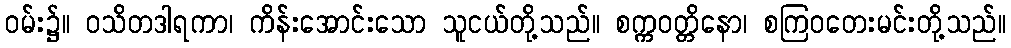
ဝမ်း၌။ ဝသိတဒါရကာ၊ ကိန်းအောင်းသော သူငယ်တို့သည်။ စက္ကဝတ္တိနော၊ စကြဝတေးမင်းတို့သည်။